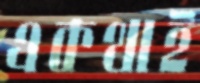
একথাই